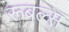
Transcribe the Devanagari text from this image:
रूबल्स